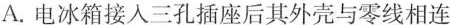
A.电冰箱接入三孔插座后其外壳与零线相连